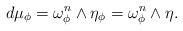
LaTeX: \begin{align*}d\mu_\phi=\omega_\phi^n\wedge \eta_\phi=\omega^n_\phi \wedge \eta. \end{align*}